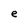
Character: e